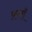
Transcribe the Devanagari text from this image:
फ़लाँ